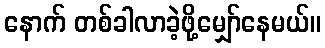
နောက် တစ်ခါလာခဲ့ဖို့မျှော်နေမယ်။